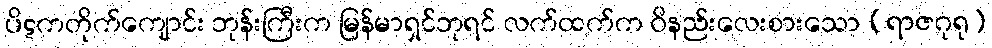
ပိဋကတိုက်ကျောင်း ဘုန်းကြီးက မြန်မာရှင်ဘုရင် လက်ထက်က ဝိနည်းလေးစားသော (ရာဇဂုရု)